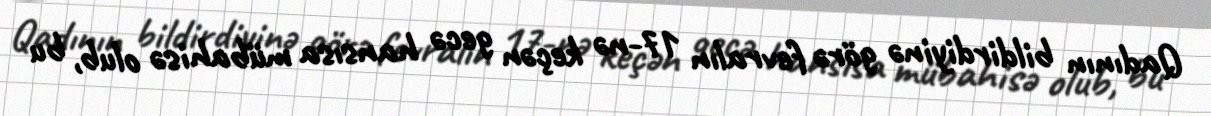
Qadının bildirdiyinə görə fevralın 17-nə keçən gecə hansısa mübahisə olub, bu